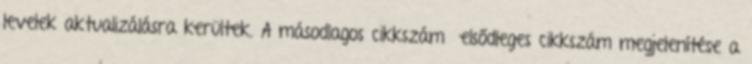
levelek aktualizálásra kerültek. A másodlagos cikkszám elsődleges cikkszám megjelenítése a